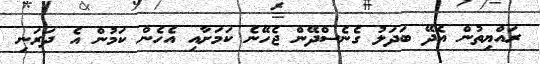
ރައްޔިތުން އެދޭ ބަދަލު ގެނެސްދޭން ޖެހޭނެ ކަމަށާއި އެހެން ކަމުން އެ ދަރަނި